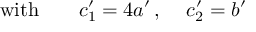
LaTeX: \mathrm { w i t h } \qquad c _ { 1 } ^ { \prime } = 4 a ^ { \prime } \, , \, \quad c _ { 2 } ^ { \prime } = b ^ { \prime }